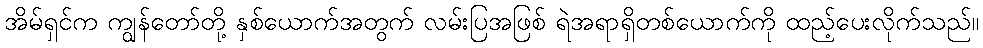
အိမ်ရှင်က ကျွန်တော်တို့ နှစ်ယောက်အတွက် လမ်းပြအဖြစ် ရဲအရာရှိတစ်ယောက်ကို ထည့်ပေးလိုက်သည်။